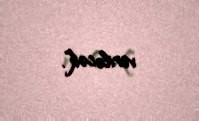
veriləcək”.